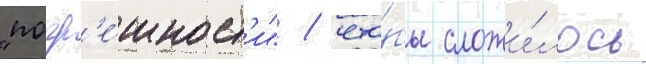
"погр'е́шност'и" / что́бы сложи́лось